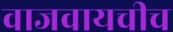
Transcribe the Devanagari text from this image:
वाजवायचीच